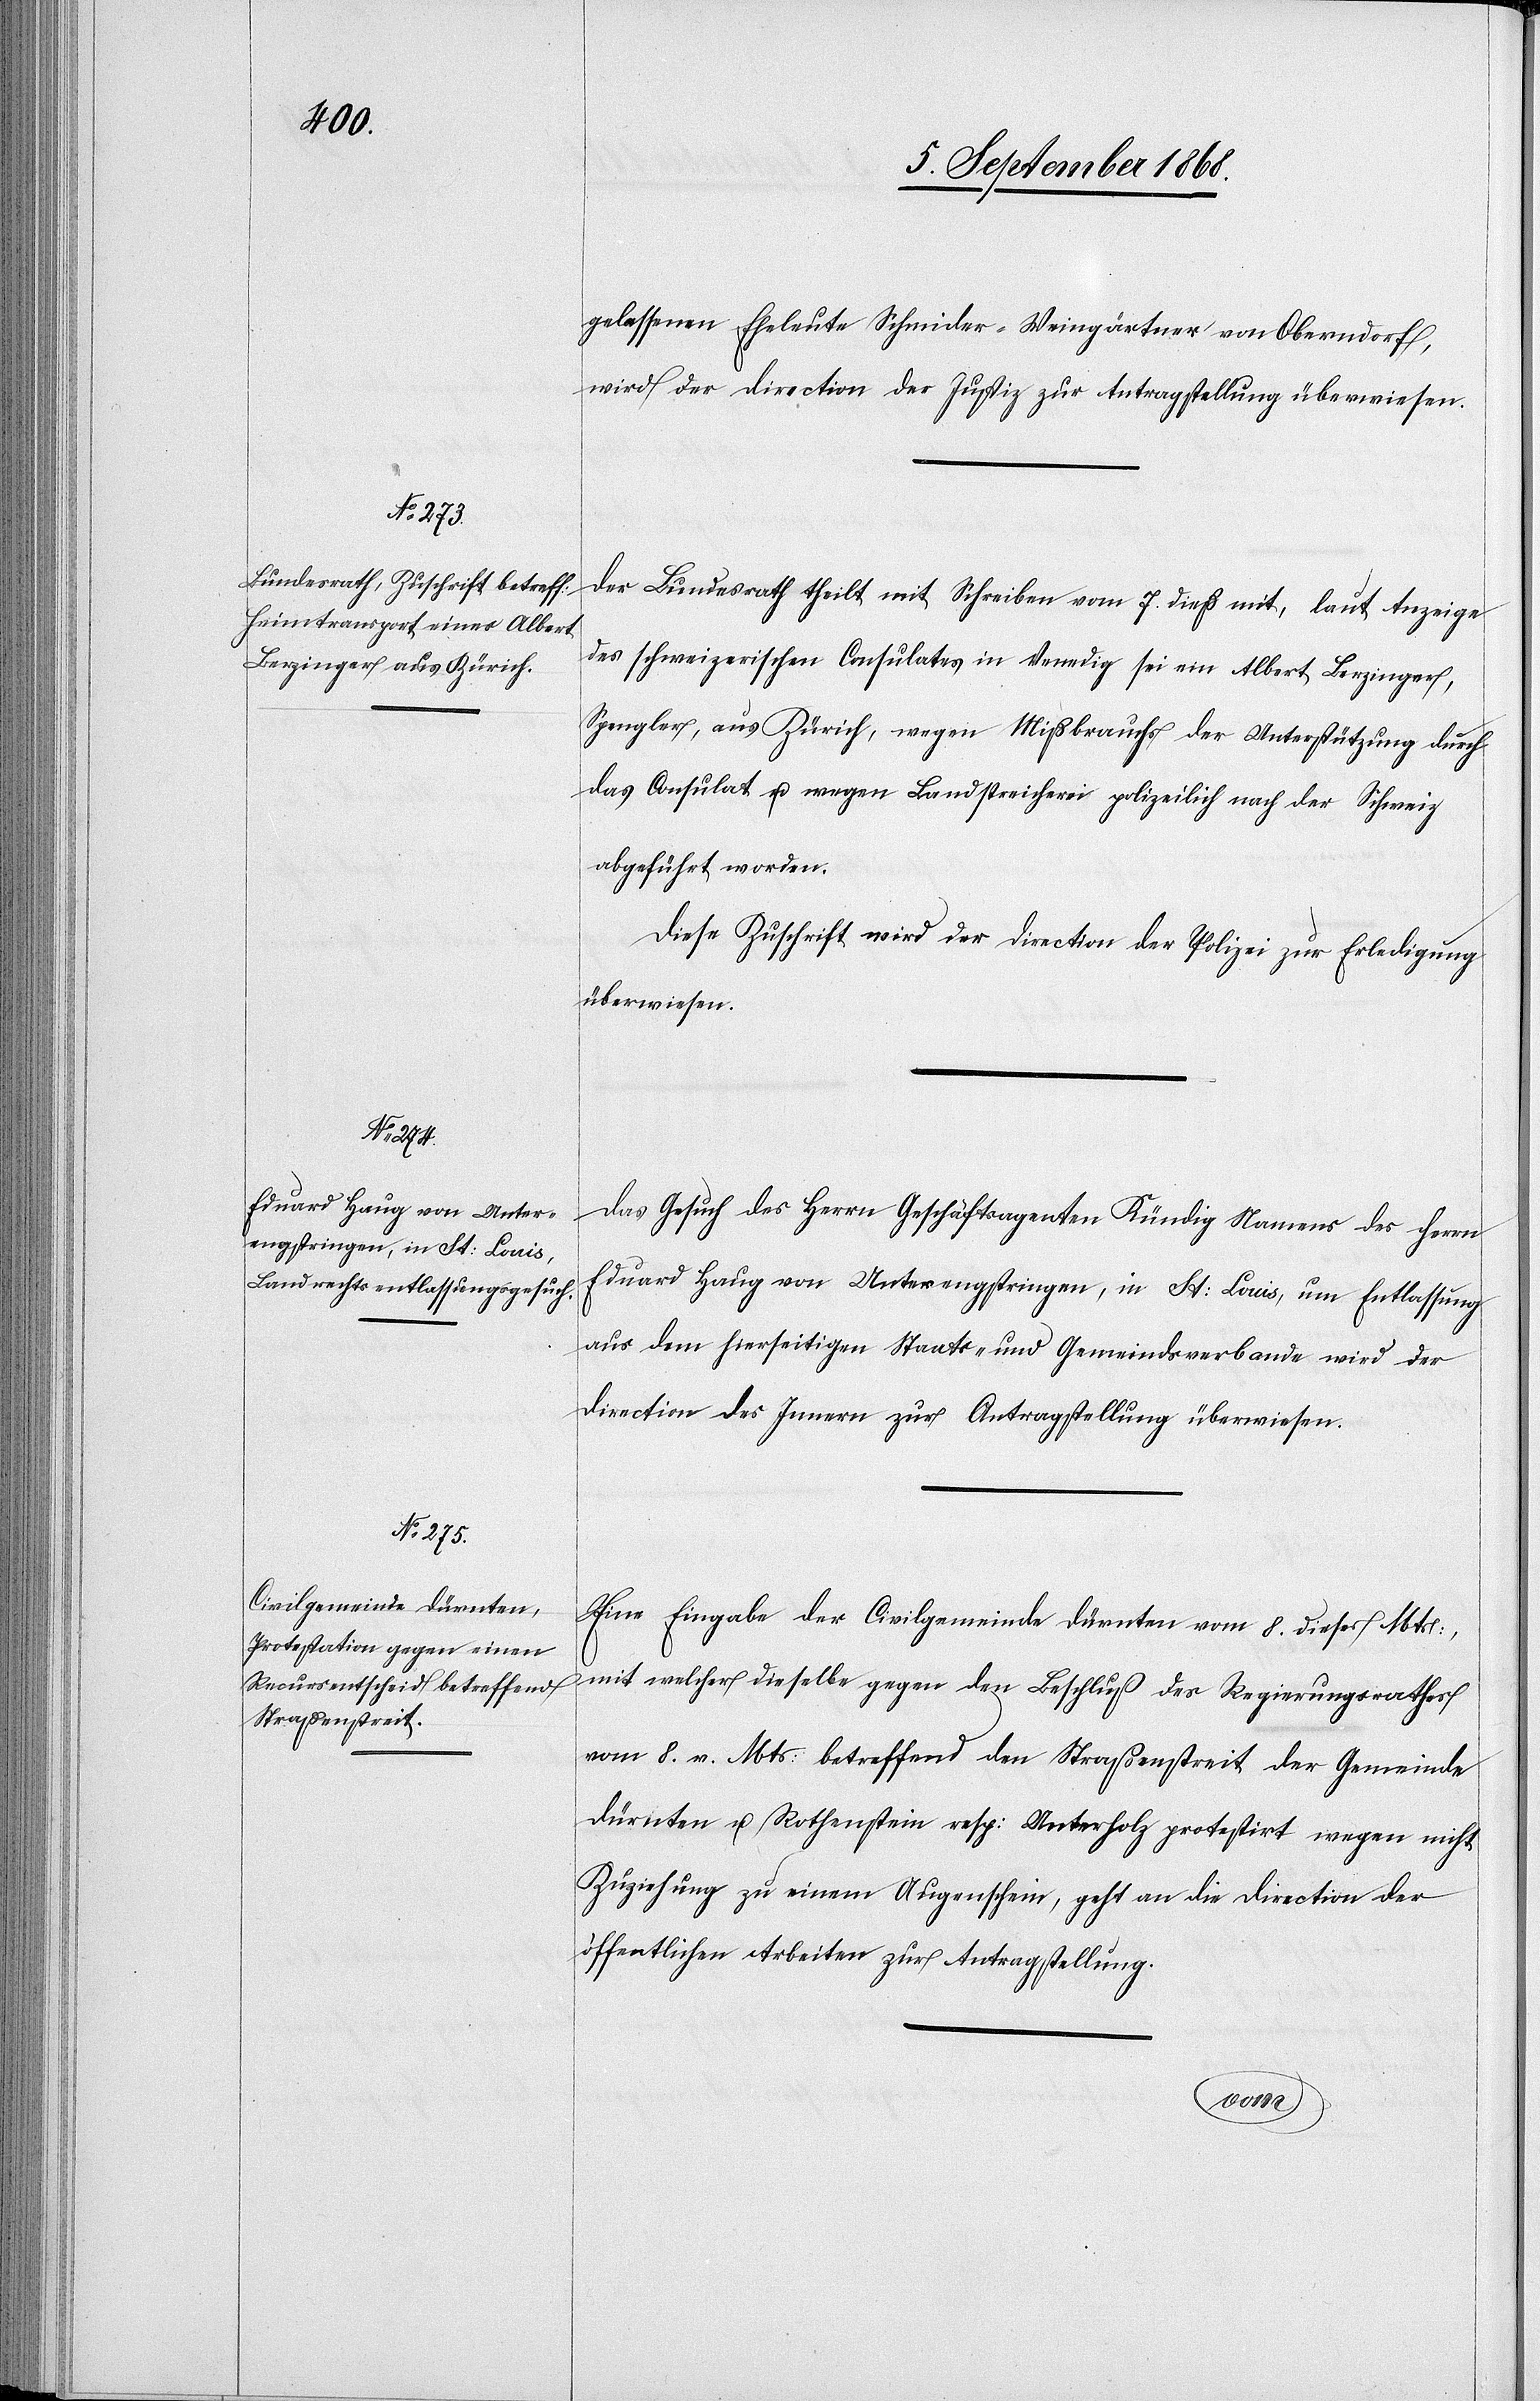
[der]g¬

10. September 1868.]
elassenen Eheleute Schmider-Weingärtner von Oberndorf,
wird der Direction der Justiz zur Antragstellung überwiesen.
Der Bundesrath theilt mit Schreiben vom 7. dieß mit, laut Anzeige
des schweizerischen Consulates in Venedig sei ein Albert Berzinger,
Spengler, aus Zürich, wegen Mißbrauchs der Unterstützung durch
das Consulat u. wegen Landstreicherei polizeilich nach der Schweiz
abgeführt worden.
Diese Zuschrift wird der Direction der Polizei zur Erledigung
überwiesen.
Das Gesuch des Herrn Geschäftsagenten Kündig Namens des Herrn
Eduard Haug von Unterengstringen, in St: Louis, um Entlassung
aus dem hierseitigen Staats- und Gemeindsverbande wird der
Direction des Innern zur Antragstellung überwiesen.
Eine Eingabe der Civilgemeinde Dürnten vom 8. dieses Mts:,
mit welcher dieselbe gegen den Beschluß des Regierungsrathes
vom 8. v. Mts: betreffend den Straßenstreit der Gemeinde
Dürnten u. Rothenstein resp: Unterholz protestirt wegen nicht
Zuziehung zu einem Augenschein, geht an die Direction der
öffentlichen Arbeiten zur Antragstellung.